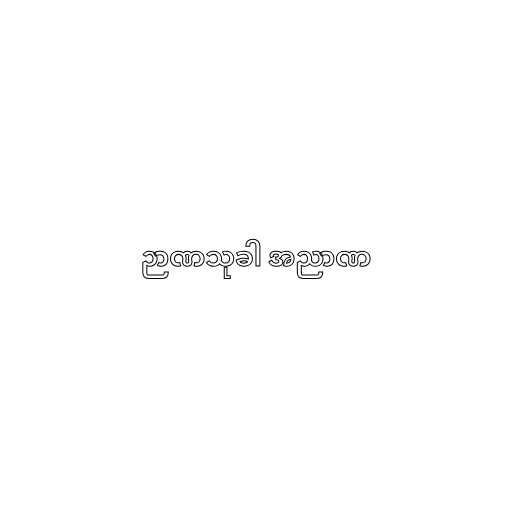
ဉာဏသုခါ အညာဏ